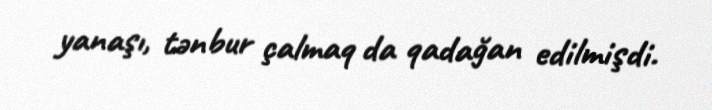
yanaşı, tənbur çalmaq da qadağan edilmişdi.